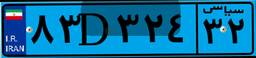
۸۳D۳۲۴۳۲